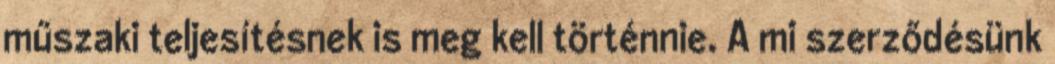
műszaki teljesítésnek is meg kell történnie. A mi szerződésünk